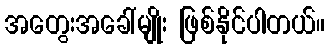
အတွေးအခေါ်မျိုး ဖြစ်နိုင်ပါတယ်။